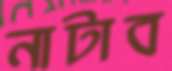
নাটাব